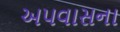
અપવાસના